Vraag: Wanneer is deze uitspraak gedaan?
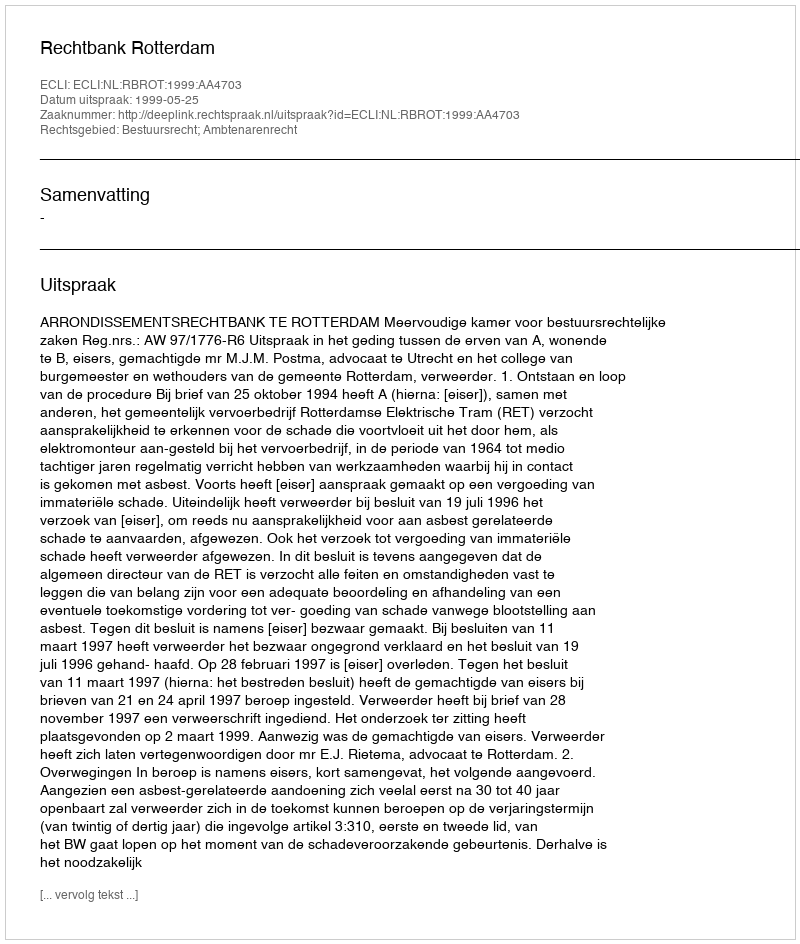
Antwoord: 1999-05-25